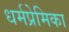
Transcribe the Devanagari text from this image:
धर्मप्रेमिका